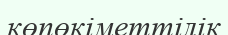
көпөкіметтілік